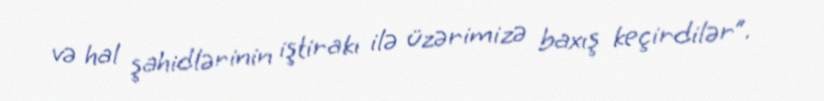
və hal şahidlərinin iştirakı ilə üzərimizə baxış keçirdilər”.